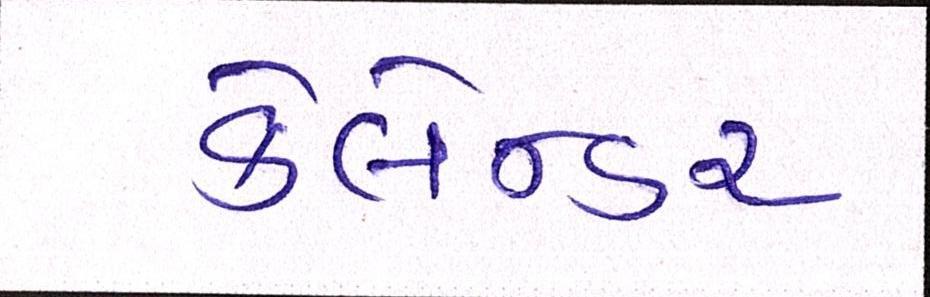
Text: કેલેન્ડર